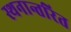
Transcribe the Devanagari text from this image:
स्थनान्तरित